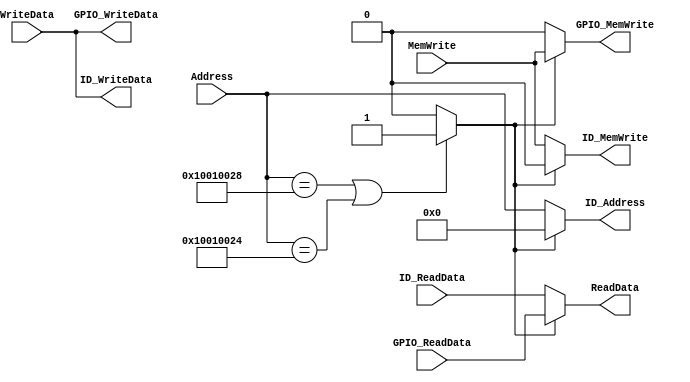
module MemControl
#(
	parameter DATA_WIDTH=32
)
(


	//CORE Interface
	input [(DATA_WIDTH-1):0] Address,
	input [(DATA_WIDTH-1):0] WriteData,
	input MemWrite,
	//input clk,
	output [(DATA_WIDTH-1):0] ReadData,
	
	//ID MEM Interface
	output [(DATA_WIDTH-1):0]ID_Address,
	output [(DATA_WIDTH-1):0]ID_WriteData,
	output ID_MemWrite,
	input [(DATA_WIDTH-1):0]ID_ReadData,
	
	//GPIO Interface
	//output [(DATA_WIDTH-1):0]GPIO_Address,
	output [(DATA_WIDTH-1):0]GPIO_WriteData,
	output GPIO_MemWrite,
	input [(DATA_WIDTH-1):0]GPIO_ReadData
	
);
localparam GPIO_IN_ADDR   = 32'h10010028;
localparam GPIO_OUT_ADDR  = 32'h10010024;

reg GPIO_or_IdMem;

always@(Address) begin
  GPIO_or_IdMem = ( (Address == GPIO_IN_ADDR) | (Address == GPIO_OUT_ADDR) ) ? 1'b1 : 1'b0;
end

assign  ID_Address     = (!GPIO_or_IdMem) ? Address     : 32'h0000_0000;
assign  ID_WriteData   = /*(!GPIO_or_IdMem) ?*/ WriteData   /*: 32'h0000_0000*/;
assign  ID_MemWrite    = (!GPIO_or_IdMem) ? MemWrite    : 1'b0;
assign  ReadData       = (!GPIO_or_IdMem) ? ID_ReadData : GPIO_ReadData;

assign  GPIO_WriteData = WriteData;
assign  GPIO_MemWrite  = (GPIO_or_IdMem)  ? MemWrite    : 1'b0;



endmodule